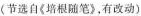
(节选自《培根随笔》，有改动)